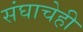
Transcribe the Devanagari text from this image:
संघाचेही